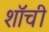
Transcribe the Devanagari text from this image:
शॉची